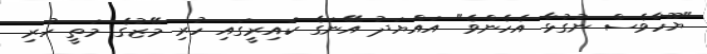
"ޔޫހާވެސް ނުގުޅާ އެހެންވެ" އައްޔަދު އޭނަގެ ކައިރީގައި ހުރި މޭޒުގެ މަތީ ހުރި